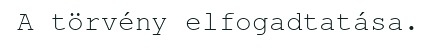
A törvény elfogadtatása.